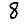
Digit: 8